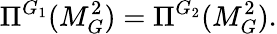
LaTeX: \Pi^{G_{1}}(M_{G}^{2})=\Pi^{G_{2}}(M_{G}^{2}).